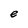
Character: e